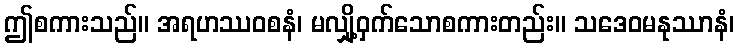
ဤစကားသည်။ အရဟဿဝစနံ၊ မလျှို့ဝှက်သောစကားတည်း။ သဒေဝမနုဿာနံ၊